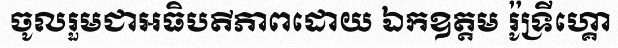
ចូលរួមជាអធិបតីភាពដោយ ឯកឧត្តម រ៉ូទ្រីហ្គោ